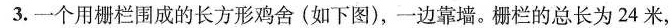
3.一个用栅栏围成的长方形鸡舍(如下图)，一边靠墙。栅栏的总长为24米，